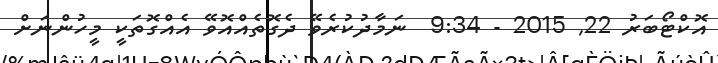
އޮކްޓޯބަރު 22